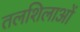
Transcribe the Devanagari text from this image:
तलशिलाओं